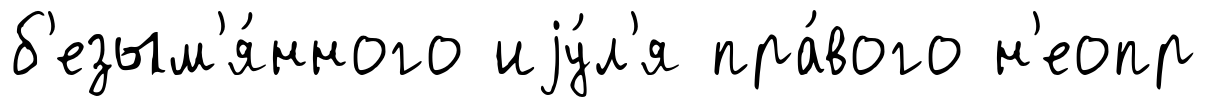
б'езым'я́нного иjу́л'я пра́вого н'еопр